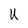
Character: U